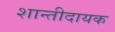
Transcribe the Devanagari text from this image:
शान्तीदायक